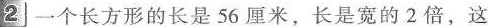
2 一个长方形的长是56厘米，长是宽的2倍，这